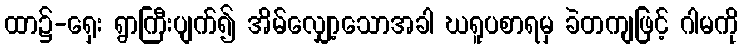
ထာ၌-ရှေး ရွာကြီးပျက်၍ အိမ်လျှော့သောအခါ ဃရူပစာရမှ ခဲတကျဖြင့် ဂါမကို